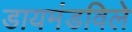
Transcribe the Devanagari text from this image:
डायमंडविले